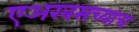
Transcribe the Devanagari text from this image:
एअरबसच्याच